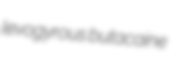
levogyrous butacaine